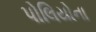
પોલિયોના